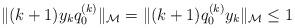
LaTeX: \begin{align*}\|(k+1)y_kq_0^{(k)}\|_{\mathcal M}=\|(k+1)q_0^{(k)}y_k\|_{\mathcal M}\leq1 \end{align*}